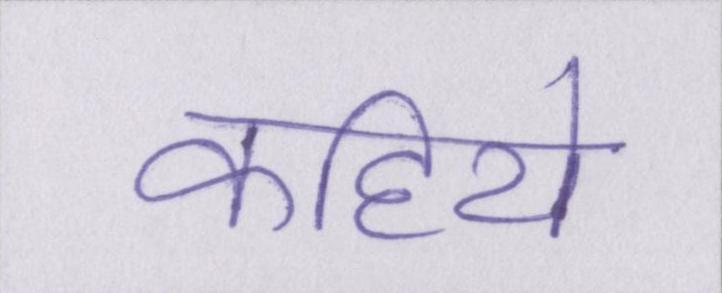
कहिये